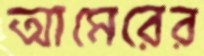
আমেরের